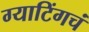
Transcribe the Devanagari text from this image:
ग्याटिंगचं